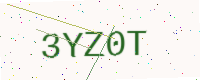
Text: 3YZ0T